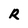
Character: R